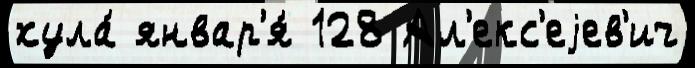
хула́ январ'я́ 128 Ал'екс'еjев'ич